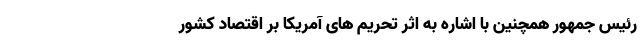
رئیس جمهور همچنین با اشاره به اثر تحریم های آمریکا بر اقتصاد کشور